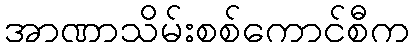
အာဏာသိမ်းစစ်ကောင်စီက